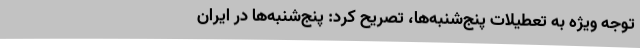
توجه ویژه به تعطیلات پنج‌شنبه‌ها، تصریح کرد: پنج‌شنبه‌ها در ایران